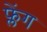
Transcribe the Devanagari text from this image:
फ्लेंग